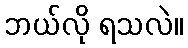
ဘယ်လို ရသလဲ။